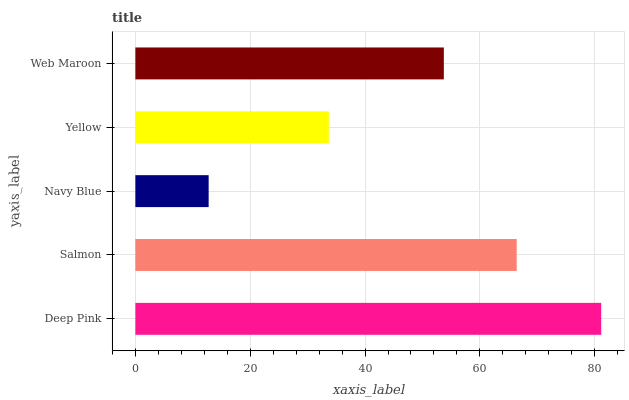
| yaxis_label | bars |
 | --- | --- |
 | Deep Pink | 81.1 |
 | Salmon | 66.4 |
 | Navy Blue | 12.8 |
 | Yellow | 33.7 |
 | Web Maroon | 53.7 |